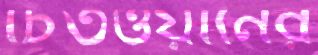
চিতওয়ানের